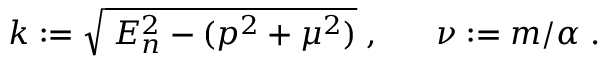
k : = \sqrt { \: E _ { n } ^ { 2 } - ( p ^ { 2 } + \mu ^ { 2 } ) } \; , ~ ~ ~ ~ ~ \nu : = m / \alpha \; .